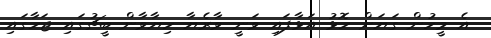
އެ މީހުން ގަޔަށް ހޮޅު އަޅާފައި ވަނީ ވާރެޔާ ހިޔާވާން ބީޗުގައި ޖަހާގައި